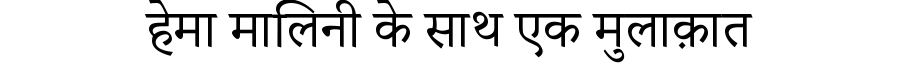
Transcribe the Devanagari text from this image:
हेमा मालिनी के साथ एक मुलाक़ात